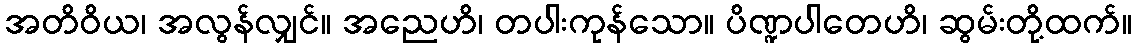
အတိဝိယ၊ အလွန်လျှင်။ အညေဟိ၊ တပါးကုန်သော။ ပိဏ္ဍပါတေဟိ၊ ဆွမ်းတို့ထက်။